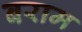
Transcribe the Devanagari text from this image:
बराम